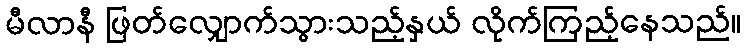
မီလာနီ ဖြတ်လျှောက်သွားသည့်နှယ် လိုက်ကြည့်နေသည်။